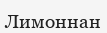
Лимоннан